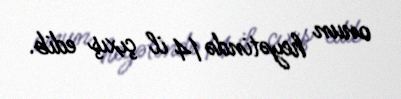
onun heyətində 14 il çıxış edib.